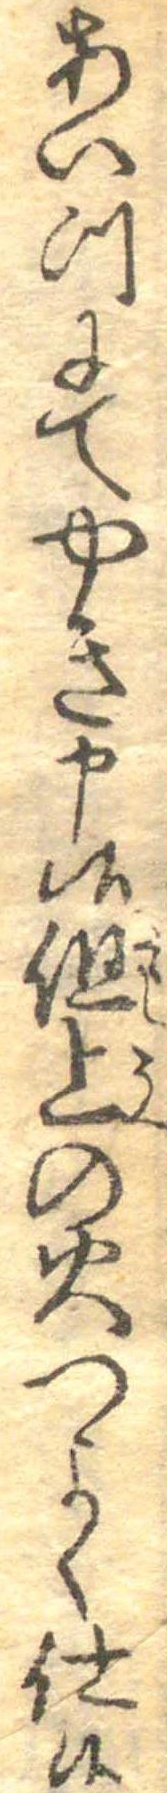
あいつにてやき申候但上の火つよく仕候